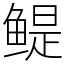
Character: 鳀